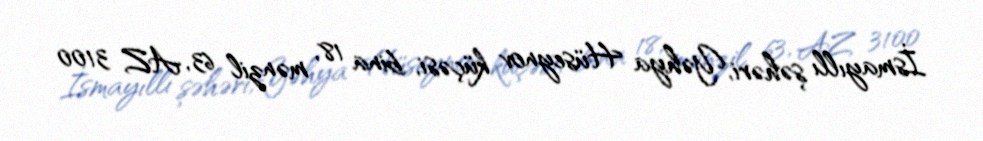
İsmayıllı şəhəri, Yəhya Hüseynov küçəsi, bina 18, mənzil 63, AZ 3100